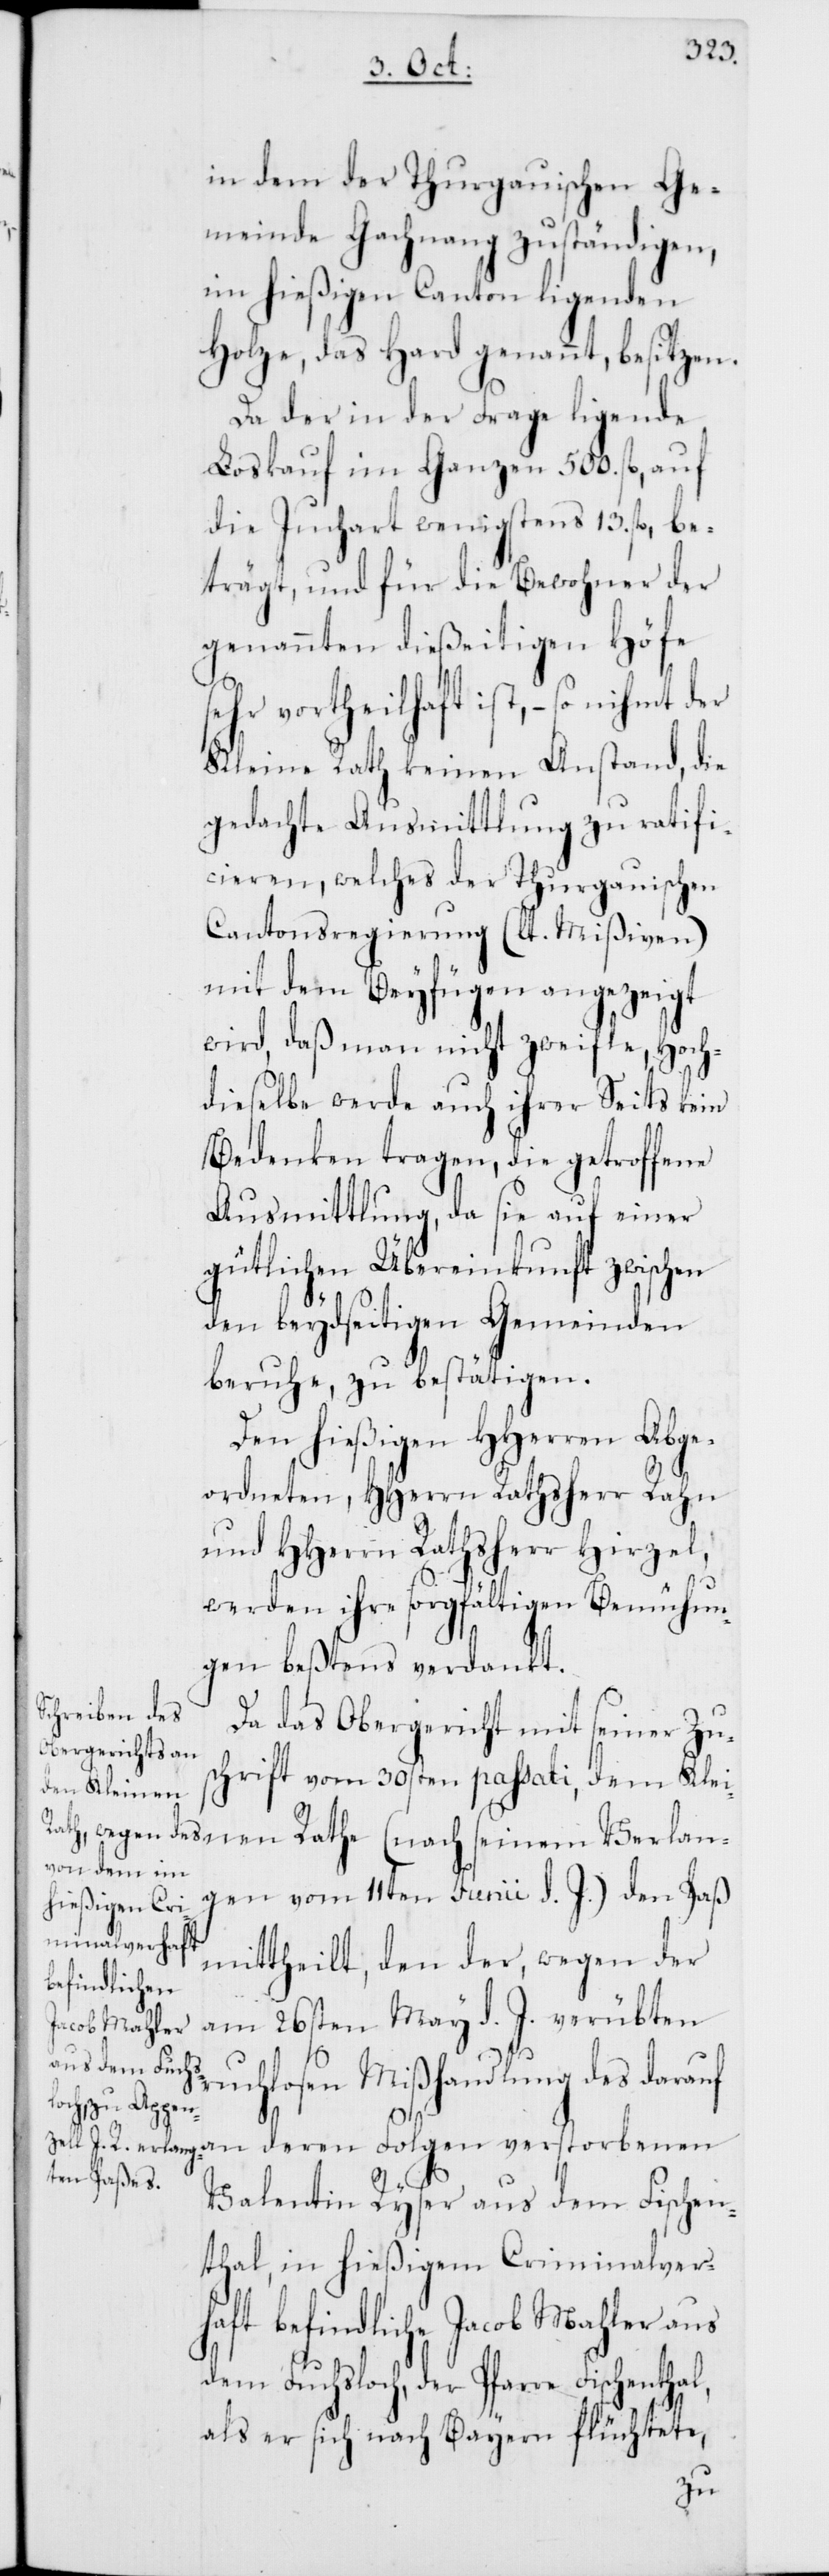
in dem der Thurgauischen Ge¬
meinde Gachnang zuständigen,
im hießigen Canton ligenden
Holze, das Hard genannt, besitzen.
Da der in der Frage ligende
Loskauf im Ganzen 500. fl., auf
die Juchart wenigstens 13. fl., be¬
trägt, und für die Bewohner der
genannten dießeitigen Höfe
sehr vortheilhaft ist, – so nihmt der
Kleine Rath keinen Anstand, die
gedachte Ausmittlung zu ratifi¬
cieren, welches der Thurgauischen
Cantonsregierung (lt. Mißiven)
mit dem Beyfügen angezeigt
wird, daß man nicht zweifle, Hoch¬
dieselbe werde auch ihrer Seits kein
Bedenken tragen, die getroffene
Ausmittlung, da sie auf einer
gütlichen Übereinkunft zwischen
den beydseitigen Gemeinden
beruhe, zu bestätigen.
Den hießigen HHerren Abge¬
ordneten, HHerrn Rathsherr Rahn
und HHerr Rathsherr Hirzel,
werden ihre sorgfältigen Bemühun¬
gen beßtens verdankt.
Da das Obergericht mit seiner Zu¬
schrift vom 30sten passati, dem Klei¬
gen vom 11ten Junii d. J.) den Paß
mittheilt, den der wegen der
am 26sten May d. J. verübten
ruchlosen Mißhandlung des darauf
seinem Verlan¬
Valentin Ryser aus dem Fischen¬
thal, in hießigem Criminalver¬
haft befindliche Jacob Mahler aus
dem Fuchsloch, der Pfarre Fischentha¬
als er sich nach Bayern flüchtete,
l,